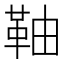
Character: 䩜